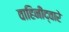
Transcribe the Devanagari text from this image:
वाहिनींद्वारे